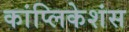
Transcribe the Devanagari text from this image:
कांप्लिकेशंस